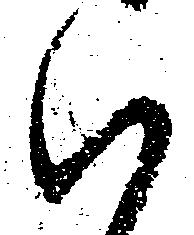
ハ